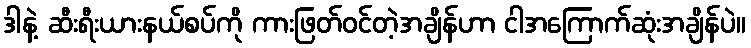
ဒါနဲ့ ဆီးရီးယားနယ်စပ်ကို ကားဖြတ်ဝင်တဲ့အချိန်ဟာ ငါအကြောက်ဆုံးအချိန်ပဲ။